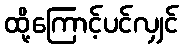
ထို့ကြောင့်ပင်လျှင်